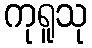
ကုရူသု